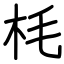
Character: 枆